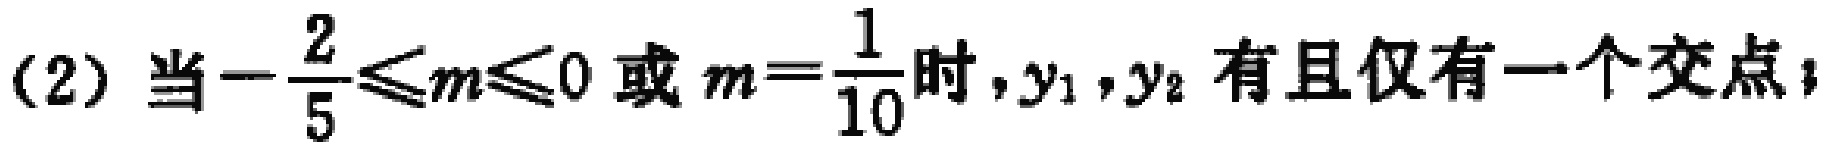
(2) 当\(-\frac{2}{5}\leqslant m\leqslant 0\)或\(m = \frac{1}{10}\)时，\(y_1,y_2\) 有且仅有一个交点；